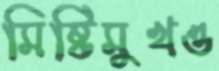
মিষ্টিমুখও